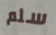
سلم